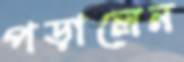
পড়ালেন